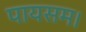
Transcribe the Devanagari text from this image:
पायसम।